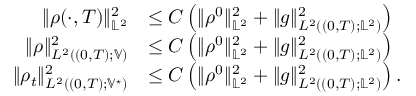
\begin{array} { r l } { \displaystyle \| \rho ( \cdot , T ) \| _ { \mathbb { L } ^ { 2 } } ^ { 2 } } & { \leq C \left( \| \rho ^ { 0 } \| _ { \mathbb { L } ^ { 2 } } ^ { 2 } + \| g \| _ { L ^ { 2 } ( ( 0 , T ) ; \mathbb { L } ^ { 2 } ) } ^ { 2 } \right) } \\ { \| \rho \| _ { L ^ { 2 } ( ( 0 , T ) ; \mathbb { V } ) } ^ { 2 } } & { \leq C \left( \| \rho ^ { 0 } \| _ { \mathbb { L } ^ { 2 } } ^ { 2 } + \| g \| _ { L ^ { 2 } ( ( 0 , T ) ; \mathbb { L } ^ { 2 } ) } ^ { 2 } \right) } \\ { \| \rho _ { t } \| _ { L ^ { 2 } ( ( 0 , T ) ; \mathbb { V } ^ { \star } ) } ^ { 2 } } & { \leq C \left( \| \rho ^ { 0 } \| _ { \mathbb { L } ^ { 2 } } ^ { 2 } + \| g \| _ { L ^ { 2 } ( ( 0 , T ) ; \mathbb { L } ^ { 2 } ) } ^ { 2 } \right) . } \end{array}